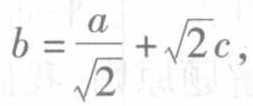
\(b = \frac{a}{\sqrt{2}}+\sqrt{2}c,\)